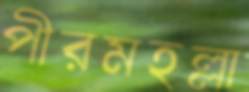
পীরমহল্লা